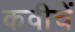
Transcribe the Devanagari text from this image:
कवीचें